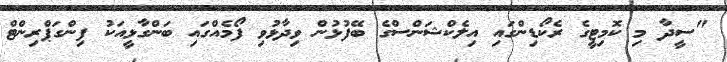
"ސީދާ މި ކޮމިޓީގެ ރެކޯޑިންގައި އިލެކްޝަންސްގެ ބޭފުޅުން ވިދާޅުވި ފޯމެއްގައި ބަންގާޅީއަކު ފިންގަޕްރިންޓް